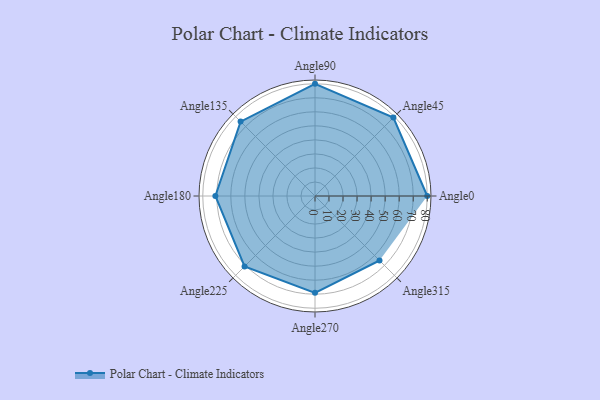
{"axis": {"x": "Angle", "y": "Radius"}, "legend": [""], "data": [{"x": "Angle0", "y": 80.0, "type": ""}, {"x": "Angle45", "y": 79.0, "type": ""}, {"x": "Angle90", "y": 80.0, "type": ""}, {"x": "Angle135", "y": 75.0, "type": ""}, {"x": "Angle180", "y": 71.0, "type": ""}, {"x": "Angle225", "y": 71.0, "type": ""}, {"x": "Angle270", "y": 69.0, "type": ""}, {"x": "Angle315", "y": 65.0, "type": ""}]}